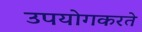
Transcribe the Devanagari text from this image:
उपयोगकरते